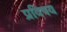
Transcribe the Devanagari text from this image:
प्रविषय